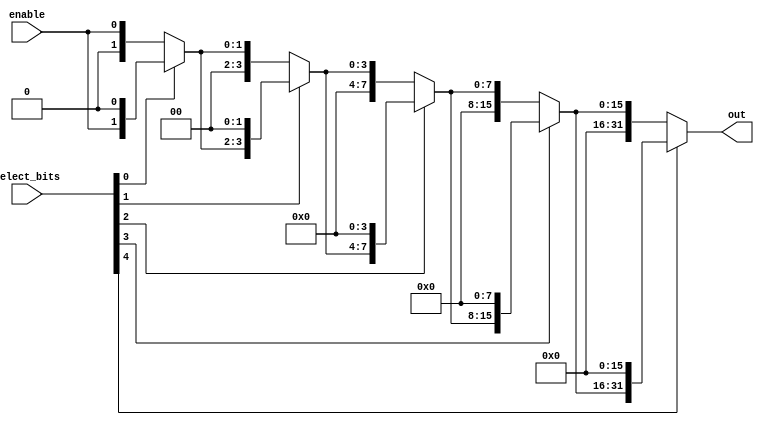
module decoder_write(out, select_bits, enable);
	input [4:0] select_bits;
	input enable;
	output [31:0] out;
	
	wire [31:0] out0, out1, out2, out3;
	wire [31:0] enable_32bits;
	assign enable_32bits = {31'b0000000000000000000000000000000, enable};
	
	assign out0 = select_bits[0] ? {enable_32bits[30:0], 1'b0} : enable_32bits;
	assign out1 = select_bits[1] ? {out0[29:0], 2'b00} : out0;
	assign out2 = select_bits[2] ? {out1[27:0], 4'h0} : out1;
	assign out3 = select_bits[3] ? {out2[23:0], 8'h00} : out2;
	assign out  = select_bits[4] ? {out3[15:0], 16'h0000} : out3;
	
endmodule